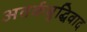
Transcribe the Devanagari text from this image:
अतर्कबुद्धिवाद